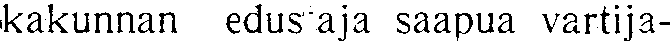
kakunnan edus aja saapua vartija-